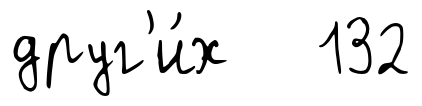
друг'и́х 132